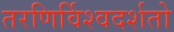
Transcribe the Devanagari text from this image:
तरणिर्विश्वदर्शतो